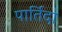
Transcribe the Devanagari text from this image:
पार्तिदा